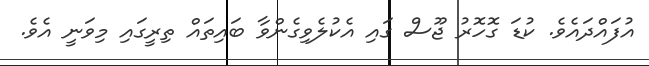
އުފައްދައެވެ. ކުޑަ ގޮހޮރު ޖޫސް ގައި އެކުލެވިގެންވާ ބައިތައް ތިރީގައި މިވަނީ އެވެ.